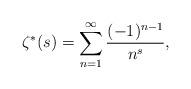
LaTeX: \begin{align*} \zeta^*(s) = \sum^{\infty} _{ n=1}\frac{(-1)^{n-1}}{n^s}, \end{align*}